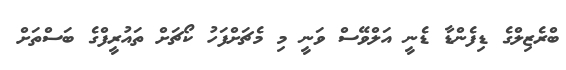
ބްރެޒިލްގެ ޑިފެންޑާ ޑެނީ އަލްވޭސް ވަނީ މި މެޗަށްފަހު ކޯޗަށް ތައުރީފްގެ ބަސްތަށް